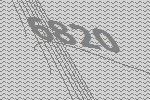
6820